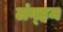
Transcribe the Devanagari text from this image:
लंग्हम